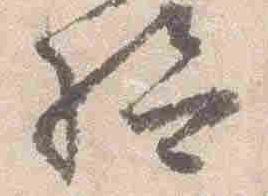
給